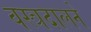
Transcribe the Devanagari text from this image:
वस्त्रदालने